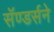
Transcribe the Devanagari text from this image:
सॅण्डर्सने